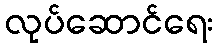
လုပ်ဆောင်ရေး